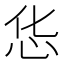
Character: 𱞃